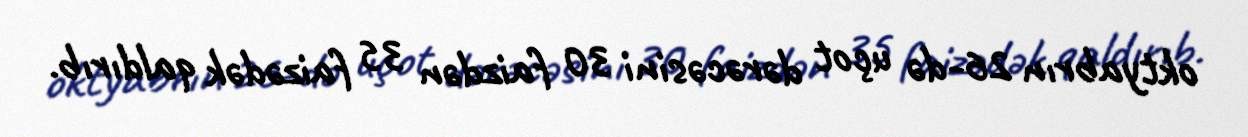
oktyabrın 26-də uçot dərəcəsini 30 faizdən 35 faizədək qaldırıb.